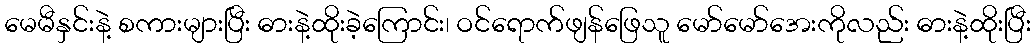
မေမီနှင်းနဲ့ စကားများပြီး ဓားနဲ့ထိုးခဲ့ကြောင်း၊ ဝင်ရောက်ဖျန်ဖြေသူ မော်မော်အေးကိုလည်း ဓားနဲ့ထိုးပြီး